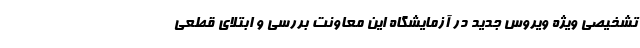
تشخیصی ویژه ویروس جدید در آزمایشگاه این معاونت بررسی و ابتلای قطعی